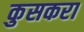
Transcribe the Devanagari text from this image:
कुसकरा